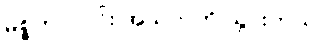
မစ္စတာလင်း အသုဘကို သွားတယ်။